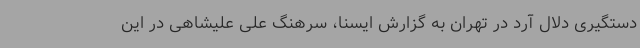
دستگیری دلال آرد در تهران به گزارش ایسنا، سرهنگ علی علیشاهی در این